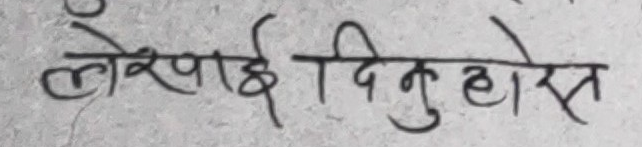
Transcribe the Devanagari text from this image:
लेखाई दिनुहोस्